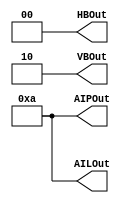
module ProgramRegister(HBOut, VBOut,AIPOut, AILOut);
output reg[1:0] HBOut=0;
output reg[1:0] VBOut=2;
output reg[3:0] AIPOut=10;
output reg[3:0] AILOut=10;
endmodule